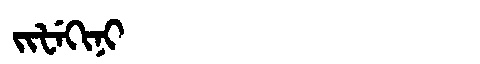
Manchu: ᠵᡳᡶᡝᡴᡳᠨᡳ
Romanization: JIFEKINI